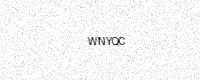
Text: WNYQC